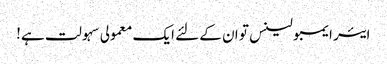
ایئر ایمبولینس تو ان کے لئے ایک معمولی سہولت ہے!